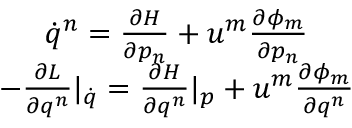
\begin{array} { c } { \dot { q } ^ { n } = \frac { \partial H } { \partial p _ { n } } + u ^ { m } \frac { \partial \phi _ { m } } { \partial p _ { n } } } \\ { - \frac { \partial L } { \partial q ^ { n } } | _ { \dot { q } } = \frac { \partial H } { \partial q ^ { n } } | _ { p } + u ^ { m } \frac { \partial \phi _ { m } } { \partial q ^ { n } } } \end{array}